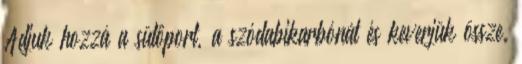
Adjuk hozzá a sütőport, a szódabikarbónát és keverjük össze.